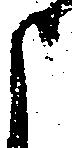
申